Civil Veterinary Department. United Provinces 1912-22 - 1912-1922
Year: 1912
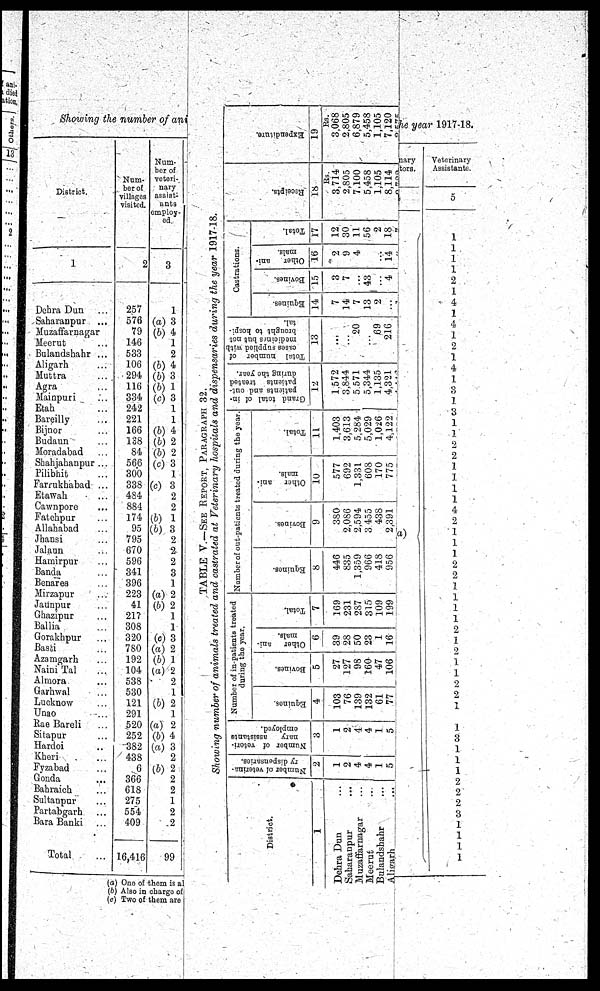
Showing the number of ani
District.
1
Dehra Dun ...
Saharanpur ...
Muzaffarnagar
Meerut ...
Bulandshahr ...
Aligarh ...
Muttra
...
Agra ...
Mainpuri ...
Etah ...
Bareilly ...
Bijnor ...
Budaun ...
Moradabad ...
Shahjahanpur ...
Pilibhit ...
Farrukbabad ...
Etawah ...
Cawnpore ...
Fatehpur ...
Allahabad ...
Jhansi ...
Jalaun
...
Hamirpur ...
Banda ...
Benares ...
Mirzapur ...
Jaunpur ...
Ghazipur ...
Ballia ...
Gorakhpur ...
Basti ...
Azamgarh ...
Naini Tal ...
Almora ...
Garhwal ...
Lucknow ...
Unao ...
Rae Bareli ...
Sitapur ...
Hardoi ...
Kheri ...
Fyzabad ...
Gonda ...
Bahraich ...
Sultanpur ...
Partabgarh ...
Bara Banki ...
Total ...
Num-
ber of
Tillages
visited.
2
257
576
79
146
533
106
294
116
334
242
221
166
138
84
566
300
338
484
884
174
95
795
670
596
341
396
223
41
217
308
320
780
192
104
538
530
121
291
520
252
382
438
6
366
618
275
554
409
16,416
Num-
ber of
veteri-
nary
assist-
ants
employ-
ed.
3
1
(a) 3
(6) 4
1
2
(b) 4
(6) 3
(b) 1
(c) 3
1
1
(6) 4
(6) 2
(6) 2
(c) 3
1
(c) 3
2
2
(6) 1
(b) 3
2
2
2
3
1
(a) 2
(6) 2
1
1
(c) 3
(a) 2
(6) 1
(a) 2
2
1
(b) 2
1
(a) 2
(b) 4
(a) 3
2
(6) 2
2
2
1
2
2
99
(a) One of thom is al
(b) Also in charge of
(c) Two of them are